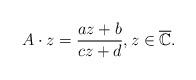
LaTeX: \begin{align*}A\cdot z=\frac{az+b}{cz+d},z\in \overline{\mathbb C}.\end{align*}